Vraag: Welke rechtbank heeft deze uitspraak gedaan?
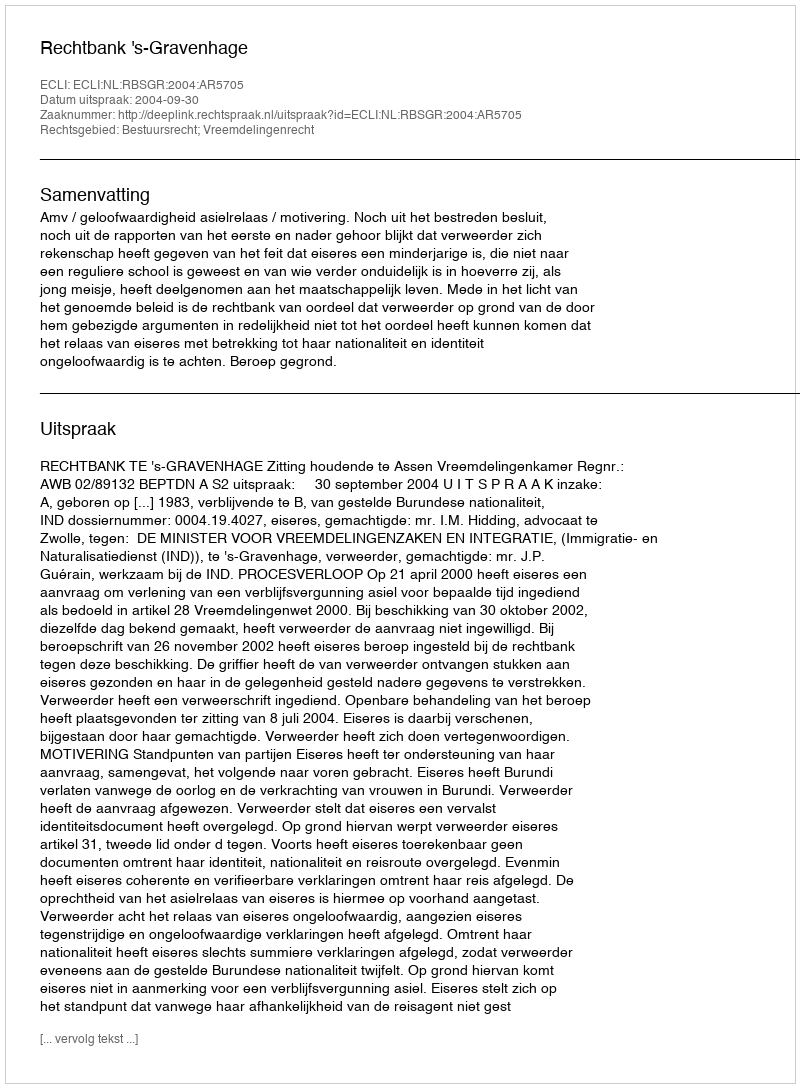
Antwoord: Rechtbank 's-Gravenhage